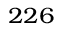
{ } ^ { 2 2 6 }